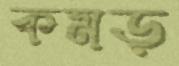
কমড়